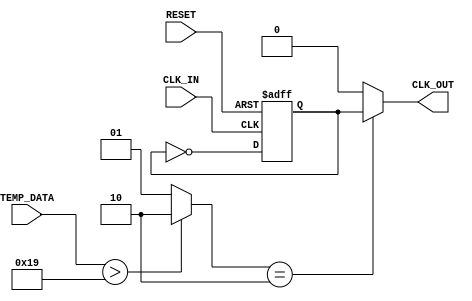
module TemperatureCompensatedClockBuffer (
    input wire CLK_IN,            // Input clock signal
    input wire [7:0] TEMP_DATA,   // Temperature data from sensor (8-bit for example)
    output wire CLK_OUT,          // Buffered clock output
    input wire RESET              // Reset signal to initialize or power down
);

    // Parameters for compensation logic
    parameter THRESHOLD_TEMP = 8'd25; // Threshold temperature in degrees Celsius
    parameter OFFSET = 8'd5;           // Compensation offset for high temperature
    reg [1:0] drive_strength;           // Drive strength based on temperature

    // Generate the clock buffer stages
    reg CLK_BUFFER;                     // Internal clock buffer signal
    always @ (posedge CLK_IN or posedge RESET) begin
        if (RESET) begin
            CLK_BUFFER <= 1'b0;
        end else begin
            CLK_BUFFER <= ~CLK_BUFFER; // Simple toggle for clock buffering
        end
    end

    // Compensation logic for drive strength based on temperature
    always @* begin
        if (TEMP_DATA > THRESHOLD_TEMP) begin
            drive_strength = 2'b10; // Increased drive strength for high temperature
        end else begin
            drive_strength = 2'b01; // Normal drive strength
        end
    end

    // Output the buffered clock signal with compensation
    assign CLK_OUT = (drive_strength == 2'b10) ? CLK_BUFFER : (CLK_BUFFER & ~CLK_BUFFER);

endmodule